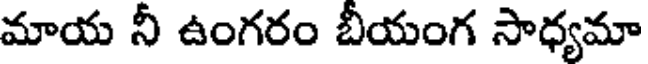
మాయ నీ ఉంగరం బీయంగ సాధ్యమా